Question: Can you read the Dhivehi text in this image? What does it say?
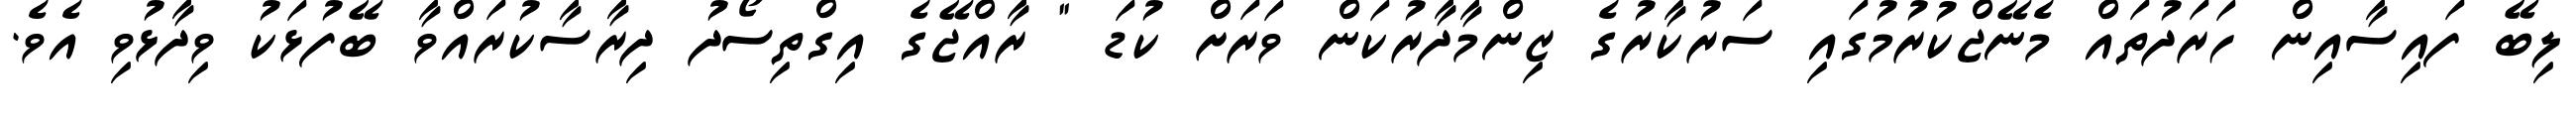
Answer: ލިބޭ ފައިސާއިން ހަރަދުތައް މެނޭޖްކުރުމުގައި ސަރުކާރުގެ ޒިންމާދާރުކަން ވަރަށް ކުޑަ " ރާއްޖޭގެ އިގްތިސޯދު ދިރާސާކުރައްވާ ބޭފުޅަކު ވިދާޅުވި އެވެ.